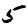
Digit: 5